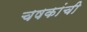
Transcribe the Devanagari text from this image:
चषकांची